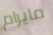
مايرام